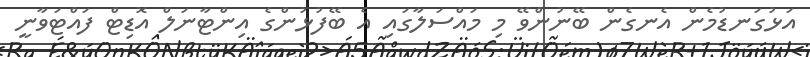
އަޅުގަނޑުމެން އެނގެން ބޭނުންވޭ މި މައްސަލާގައި އެ ބޭފުޅުންގެ އިންޓާނަލް އޮޑިޓް ފައްޓަވާނީ